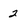
Character: 2